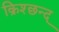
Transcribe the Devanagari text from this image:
क्रिश्छन्द्